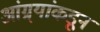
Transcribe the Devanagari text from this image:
आंग्र्‌यांकडून